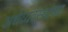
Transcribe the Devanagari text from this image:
अर्थव्यवस्थांच्या